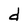
Character: d